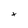
Character: x